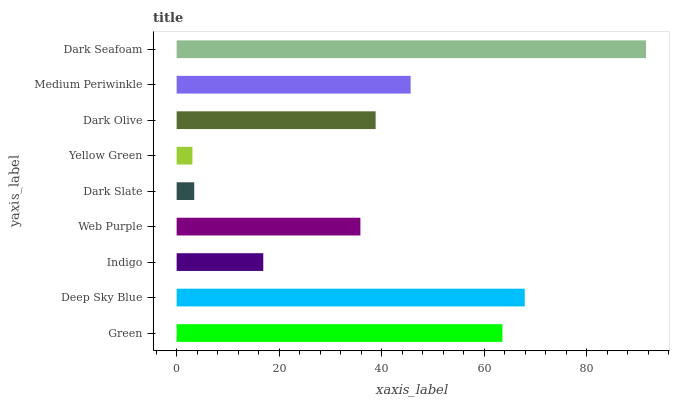
| yaxis_label | bars |
 | --- | --- |
 | Green | 63.6 |
 | Deep Sky Blue | 67.9 |
 | Indigo | 16.9 |
 | Web Purple | 35.8 |
 | Dark Slate | 3.43 |
 | Yellow Green | 3.08 |
 | Dark Olive | 38.8 |
 | Medium Periwinkle | 45.6 |
 | Dark Seafoam | 91.6 |